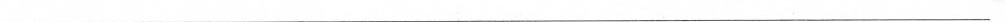
___”